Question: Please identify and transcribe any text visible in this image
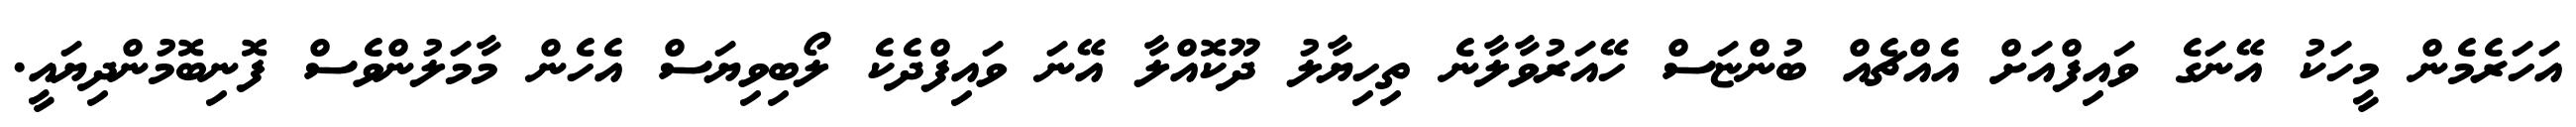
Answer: އަހަރެމެން މީހަކު އޭނަގެ ވައިފްއަށް އެއްޗެއް ބުންޏަސް ހޭއަރުވާލާނެ ތިހިޔާލު ދޫކޮއްލާ އޭނަ ވައިފްދެކެ ލޯބިވިޔަސް އެހެން މާމަލުންވެސް ފޮނިބޮމުންދިޔައީ.